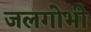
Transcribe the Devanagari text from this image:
जलगोभी